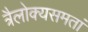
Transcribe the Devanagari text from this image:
त्रैलोक्यसमतां